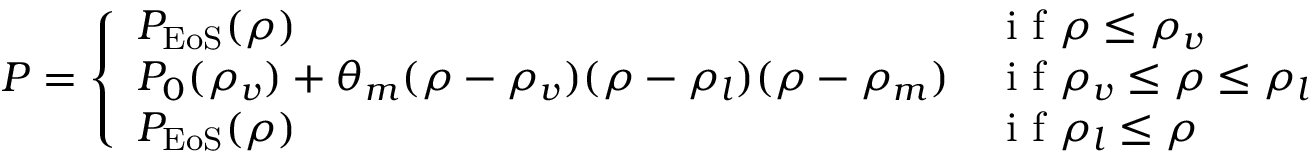
P = \left\{ \begin{array} { l l } { P _ { \mathrm { E o S } } ( \rho ) } & { \mathrm { ~ i ~ f ~ } \rho \leq \rho _ { v } } \\ { P _ { 0 } ( \rho _ { v } ) + \theta _ { m } ( \rho - \rho _ { v } ) ( \rho - \rho _ { l } ) ( \rho - \rho _ { m } ) } & { \mathrm { ~ i ~ f ~ } \rho _ { v } \leq \rho \leq \rho _ { l } } \\ { P _ { \mathrm { E o S } } ( \rho ) } & { \mathrm { ~ i ~ f ~ } \rho _ { l } \leq \rho } \end{array} \right.